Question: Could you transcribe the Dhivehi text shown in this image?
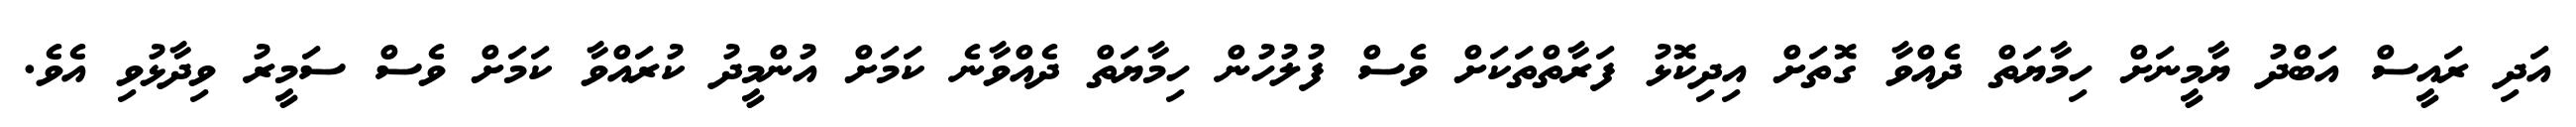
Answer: އަދި ރައީސް އަބްދު ޔާމީނަށް ހިމާޔަތް ދެއްވާ ގޮތަށް އިދިކޮޅު ފަރާތްތަކަށް ވެސް ފުލުހުން ހިމާޔަތް ދެއްވާނެ ކަމަށް އުންމީދު ކުރައްވާ ކަމަށް ވެސް ސަމީރު ވިދާޅުވި އެވެ.